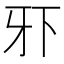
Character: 𰠠